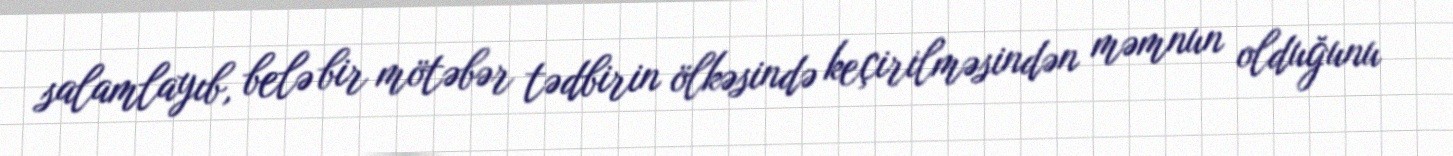
salamlayıb, belə bir mötəbər tədbirin ölkəsində keçirilməsindən məmnun olduğunu